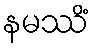
နမဿိံ